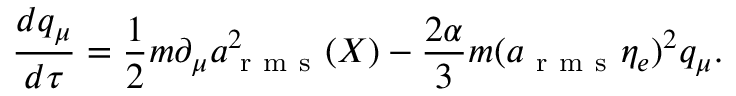
\frac { d q _ { \mu } } { d \tau } = \frac { 1 } { 2 } m \partial _ { \mu } a _ { \mathrm { ~ r ~ m ~ s ~ } } ^ { 2 } ( X ) - \frac { 2 \alpha } { 3 } m ( a _ { \mathrm { ~ r ~ m ~ s ~ } } \eta _ { e } ) ^ { 2 } q _ { \mu } .